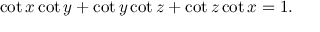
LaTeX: \cot x \cot y + \cot y \cot z + \cot z \cot x = 1 .